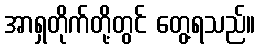
အာရှတိုက်တို့တွင် တွေ့ရသည်။